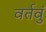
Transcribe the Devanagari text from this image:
वर्तवुं